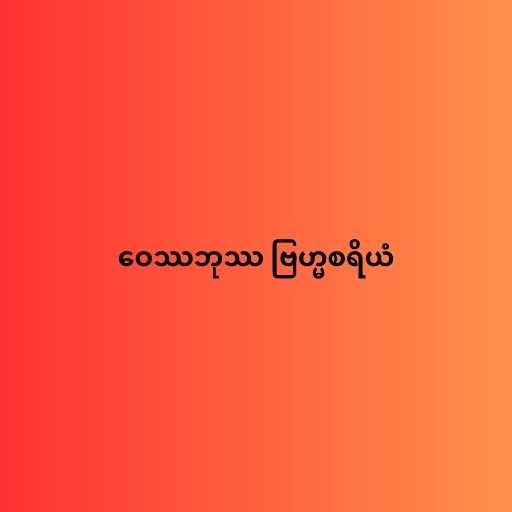
ဝေဿဘုဿ ဗြဟ္မစရိယံ